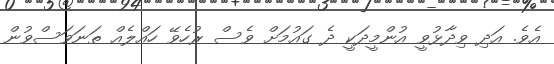
އެވެ. އަދި ވިދާޅުވީ އުންމީދަކީ ދެ ގައުމަށް ވެސް ރުހެވޭ ހައްލެއް ތަނަވަސްވުން